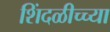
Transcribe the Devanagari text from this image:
शिंदळीच्च्या